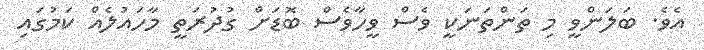
އެވެ. ބަލަންވީ މި ތަންތަނަކީ ވެސް ވީހާވެސް ބޮޑަށް ގުދުރަތީ މާހައުލެއް ކަމުގައި